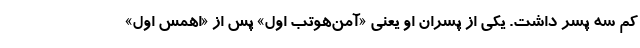
کم سه پسر داشت. یکی از پسران او یعنی «آمن‌هوتب اول» پس از «اهمس اول»